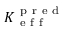
K _ { \mathrm { ~ e ~ f ~ f ~ } } ^ { \mathrm { ~ p ~ r ~ e ~ d ~ } }